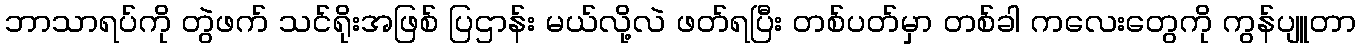
ဘာသာရပ်ကို တွဲဖက် သင်ရိုးအဖြစ် ပြဌာန်း မယ်လို့လဲ ဖတ်ရပြီး တစ်ပတ်မှာ တစ်ခါ ကလေးတွေကို ကွန်ပျူတာ